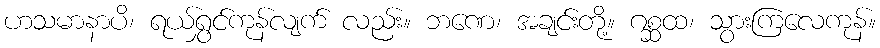
ဟသမာနာပိ၊ ရယ်ရွှင်ကုန်လျက် လည်း။ ဘဏေ၊ အချင်းတို့။ ဂစ္ဆထ၊ သွားကြလေကုန်။